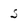
Character: 5